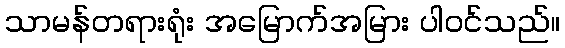
သာမန်တရားရုံး အမြောက်အမြား ပါဝင်သည်။